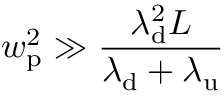
w _ { \mathrm { p } } ^ { 2 } \gg \frac { \lambda _ { \mathrm { d } } ^ { 2 } L } { \lambda _ { \mathrm { d } } + \lambda _ { \mathrm { u } } }